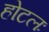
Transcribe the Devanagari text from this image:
होटलः